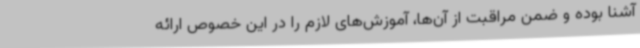
آشنا بوده و ضمن مراقبت از آن‌ها، آموزش‌های لازم را در این خصوص ارائه